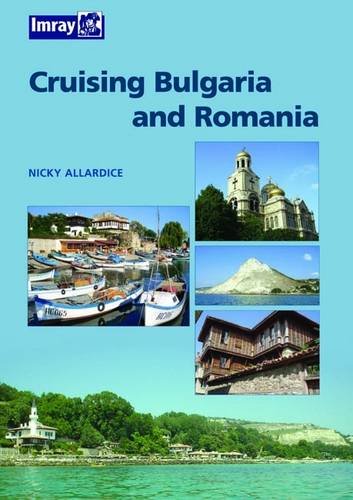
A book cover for Cruising Bulgaria & Romania; Nicky Allardice; Travel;